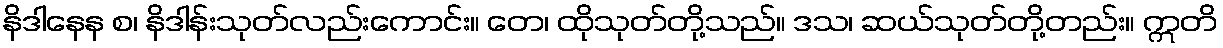
နိဒါနေန စ၊ နိဒါန်းသုတ်လည်းကောင်း။ တေ၊ ထိုသုတ်တို့သည်။ ဒသ၊ ဆယ်သုတ်တို့တည်း။ ဣတိ